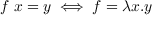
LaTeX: f \ x = y \iff f = \lambda x . y